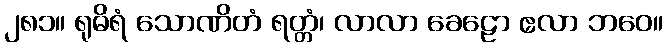
၂၈၁။ ရုဓိရံ သောဏိတံ ရတ္တံ၊ လာလာ ခေဠော ဧလာ ဘဝေ။